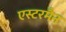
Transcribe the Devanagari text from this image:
एस्टरमैन